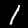
Digit: 1